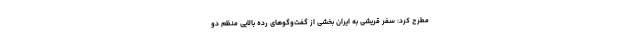
مطرح کرد: سفر قریشی به ایران بخشی از گفت‌وگوهای رده بالایی منظم دو